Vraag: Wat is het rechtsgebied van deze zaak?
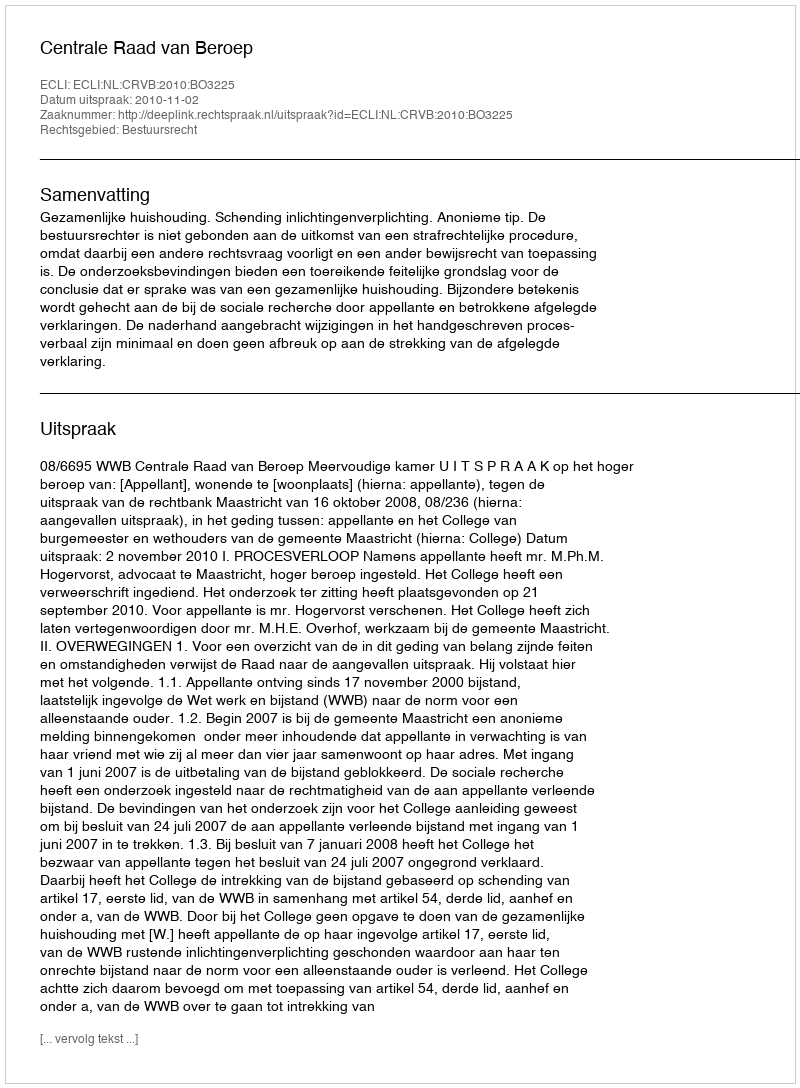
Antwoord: Bestuursrecht